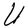
Character: U